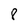
Character: 8